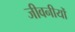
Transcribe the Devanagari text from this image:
जीवनीयोँ